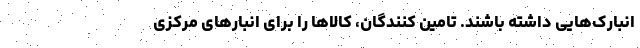
انبارک‌هایی داشته باشند. تامین­ کنندگان، کالاها را برای انبارهای مرکزی